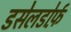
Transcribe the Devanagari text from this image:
डसेलडोर्फ़